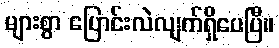
များစွာ ပြောင်းလဲလျက်ရှိပေပြီ။